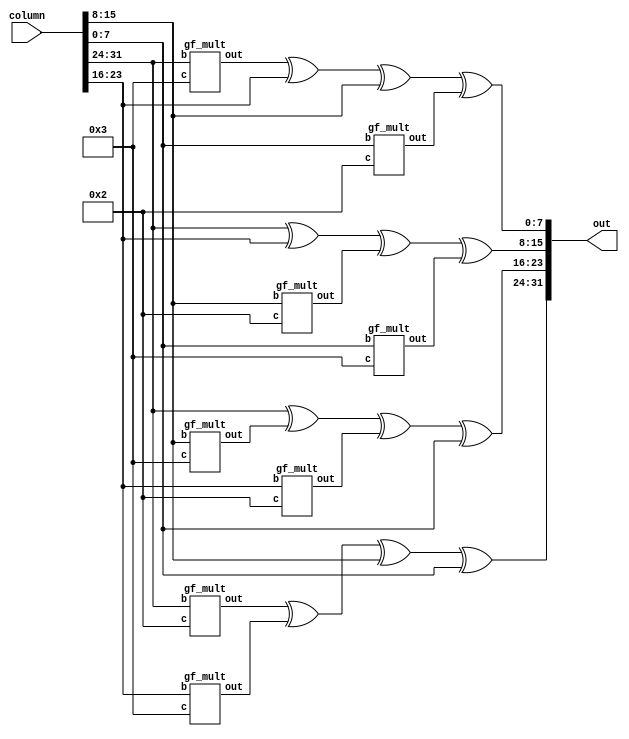
`timescale 1ns/1ps


module mix_mat_mul(
    input [31:0] column,
    output [31:0] out
    );

    wire [7:0] i1c1, i1c2, i2c1, i2c2, i3c1, i3c2, i4c1, i4c2;
    gf_mult 
        c11(column[31:24], 8'h02, i1c1),
        c21(column[23:16], 8'h03, i1c2);
    assign out[31:24] = i1c1 ^ i1c2 ^ column[15:8] ^ column[7:0] ;
    
 //wire [7:0] i2c1, i2c2;
    gf_mult 
        c12(column[23:16], 8'h02, i2c1),
        c22(column[15:8], 8'h03, i2c2);
    assign out[23:16] = column[31:24]^ i2c2 ^ i2c1 ^ column[7:0] ;

 //wire [7:0] i3c1, i3c2;
    gf_mult 
        c13(column[15:8], 8'h02, i3c1),
        c23(column[7:0], 8'h03, i3c2);

    assign out[15:8] = column[31:24] ^ column[23:16]^ i3c1 ^ i3c2;
    
// wire [7:0] i4c1, i4c2;
    gf_mult 
        c14(column[31:24], 8'h03, i4c1),
        c24(column[7:0], 8'h02, i4c2);
    assign out[7:0] = i4c1 ^ column[23:16] ^ column[15:8] ^ i4c2;

endmodule

module gf_mult(
    input [7:0] b, // the byte from the input array/column
    input [7:0] c, // constant
    output reg [7:0] out
    );
    
    always @(*) begin
        case (c)
            8'h02: out = double(b); // 2b
            8'h03: out = double(b) ^ b; // 3b = 2b + b
        endcase
    end

    function integer double (input [7:0] x);
        double = (x << 1) ^ (8'h1b & -(x >> 7));
    endfunction

endmodule